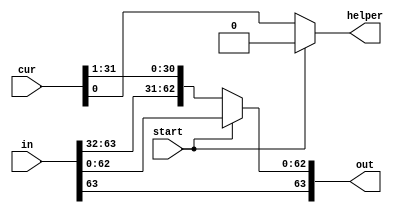
module blockshifter(in, cur, start, out, helper);
	input [63:0] in, cur;
	input start;
	
	output [63:0] out;
	output helper;
	
	wire [63:0] shiftedIn;

	assign shiftedIn[30:0] = cur[31:1];
	assign shiftedIn[62:31] = in[63:32];
	assign shiftedIn[63] = in[63];
	
	assign out = start ? in : shiftedIn;
	assign helper = start ? 1'b0 : cur[0];
	
endmodule